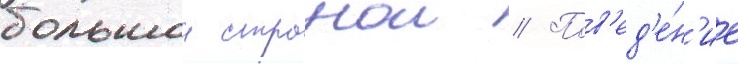
большои странои // Пов'ед'е́н'ие